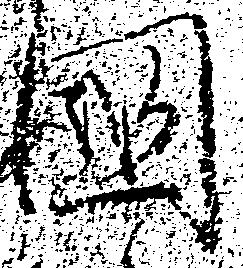
国